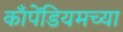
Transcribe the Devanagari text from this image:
काँपेंडियमच्या